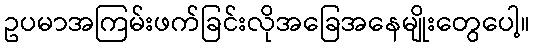
ဥပမာအကြမ်းဖက်ခြင်းလိုအခြေအနေမျိုးတွေပေါ့။